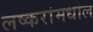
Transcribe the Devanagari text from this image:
लष्करांमधील